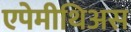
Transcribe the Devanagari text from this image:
एपेमीथिअस